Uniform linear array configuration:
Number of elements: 8
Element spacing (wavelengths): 0.75
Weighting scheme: kaiser
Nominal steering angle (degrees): -45
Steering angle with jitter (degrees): -46.444
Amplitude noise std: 0.05
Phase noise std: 0.05

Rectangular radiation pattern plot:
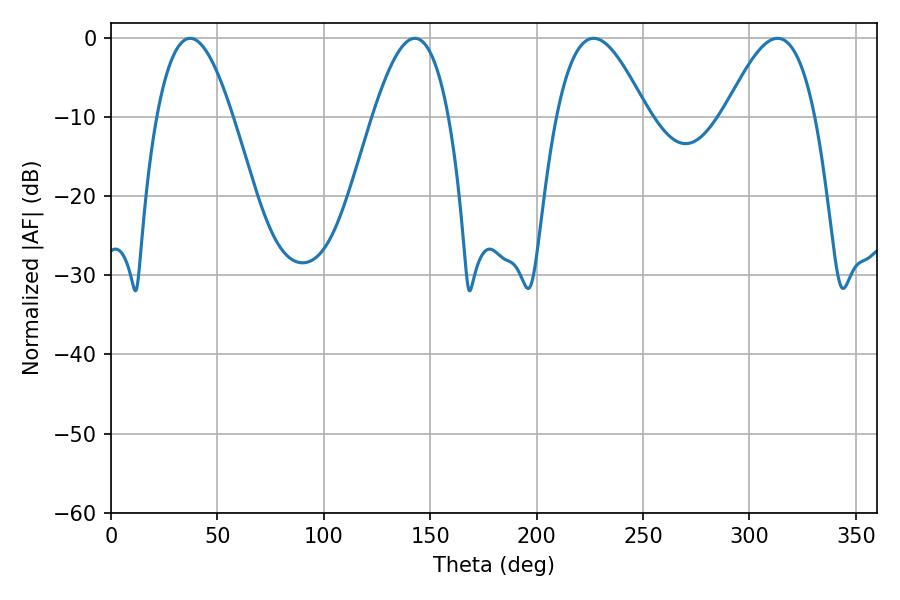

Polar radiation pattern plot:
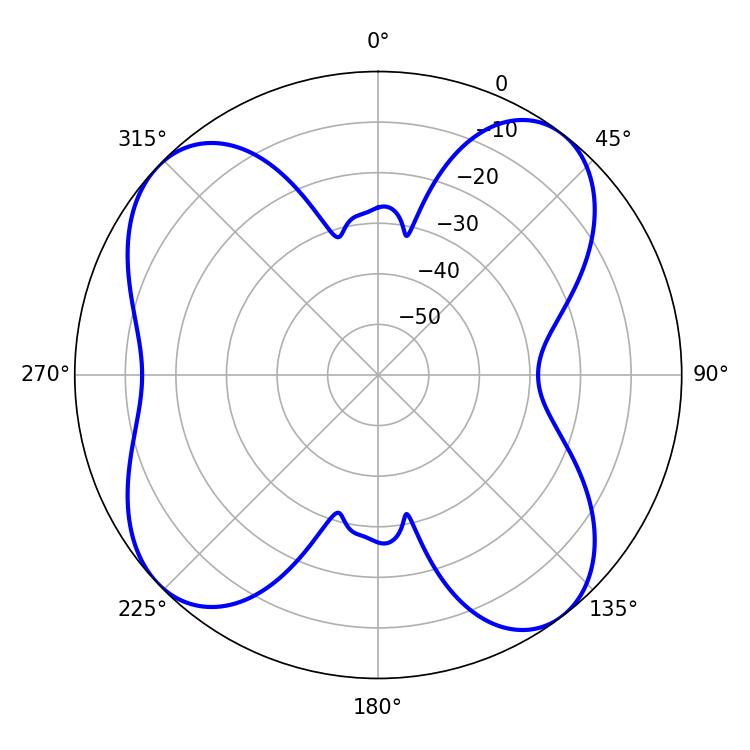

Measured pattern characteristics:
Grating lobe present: TRUE
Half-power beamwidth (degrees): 23.04
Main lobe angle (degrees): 226.8